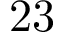
2 3